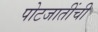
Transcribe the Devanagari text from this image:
पोटजातींची